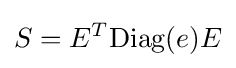
S=E^{T}{\mbox{Diag}}(e)E